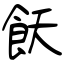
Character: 飫